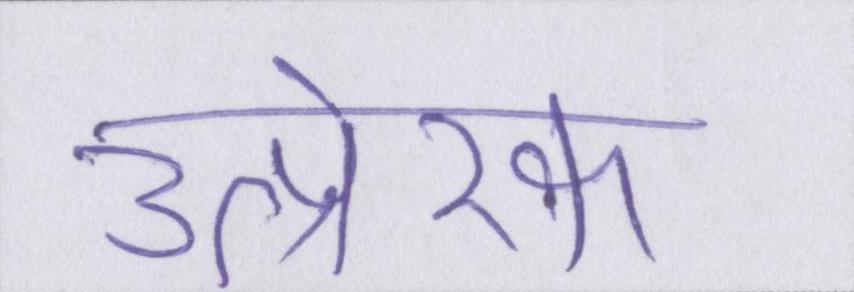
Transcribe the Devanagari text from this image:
उत्प्रेरक